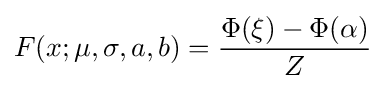
F(x;\mu ,\sigma ,a,b)={\frac {\Phi (\xi )-\Phi (\alpha )}{Z}}